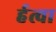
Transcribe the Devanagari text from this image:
र्हत्वा